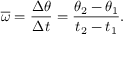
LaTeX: { \overline { { \omega } } } = { \frac { \Delta \theta } { \Delta t } } = { \frac { \theta _ { 2 } - \theta _ { 1 } } { t _ { 2 } - t _ { 1 } } } .